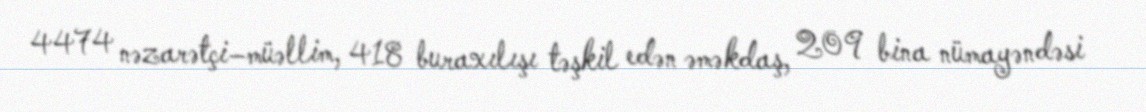
4474 nəzarətçi–müəllim, 418 buraxılışı təşkil edən əməkdaş, 209 bina nümayəndəsi